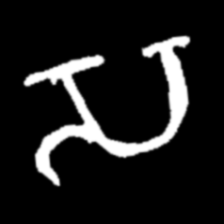
Pyu character \u2014 Myanmar letter: သ (romanized: sa)